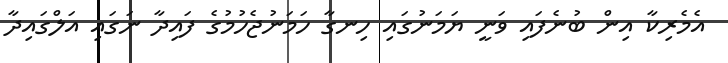
އެމެރިކާ އިން ބުނެފައި ވަނީ ޔަމަނުގައި ހިނގާ ހަަމަނުޖެހުމުގެ ފައިދާ ނަގައި އަލްގައިދާ